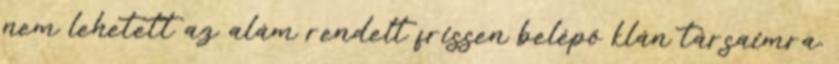
nem lehetett az alám rendelt frissen belépő klán társaimra.